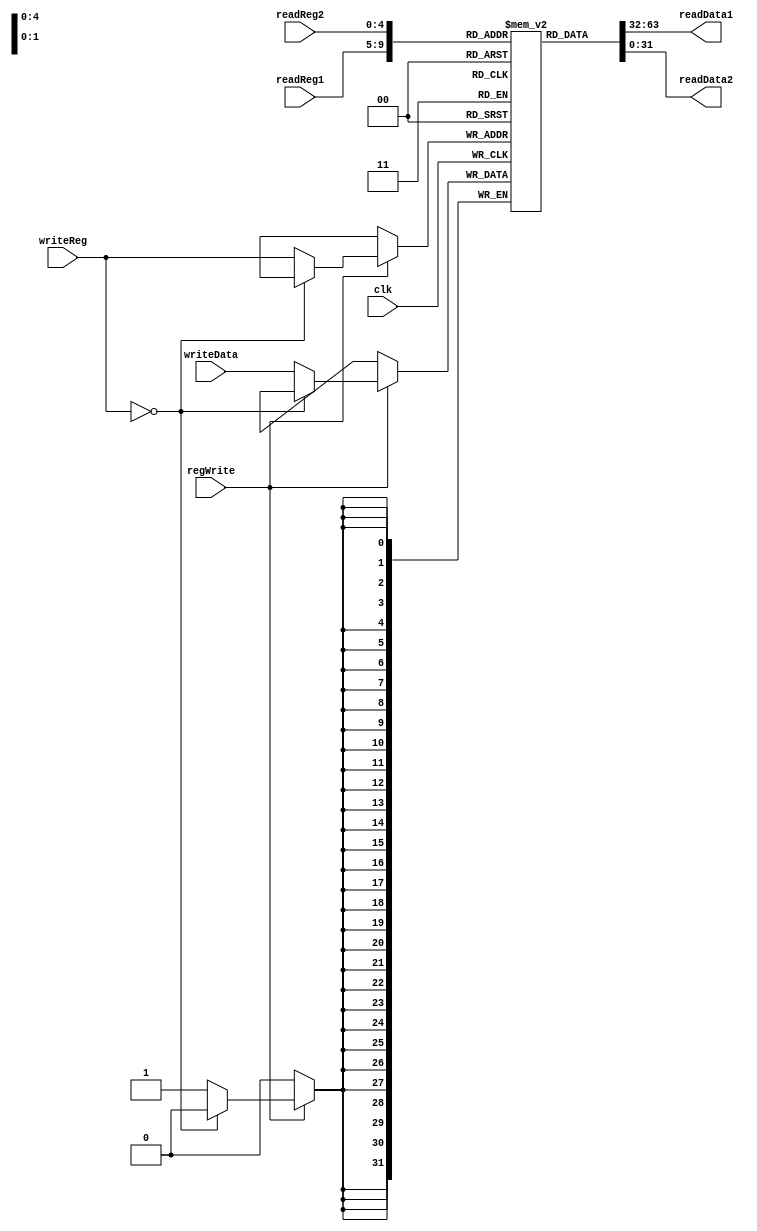
`timescale 1ns / 1ps
//////////////////////////////////////////////////////////////////////////////////
// Company: 
// Engineer: 
// 
// Design Name: 
// Module Name:    RegisterFile 
// Project Name: 
// Target Devices: 
// Tool versions: 
// Description: 
//
// Dependencies: 
//
// Revision: 
// Revision 0.01 - File Created
// Additional Comments: 
//
//////////////////////////////////////////////////////////////////////////////////
module RegisterFile(
	input regWrite, clk,
	
	input [4:0] writeReg,
	input [31:0] writeData,
	
	input [4:0] readReg1,
	output [31:0] readData1,
	
	input [4:0] readReg2,
	output [31:0] readData2
    );
	 
	 reg [31:0] regFile  [31:0];
    integer i;
	 
    initial begin
        for (i = 0; i < 32; i = i +1) 
            regFile[i] = 32'b1;
    end
	 
	 // register[0] must be 0
	 initial regFile[0] = 0; 
	 
	 // read data
	 assign readData1 = regFile[readReg1];
	 assign readData2 = regFile[readReg2];
	 
	 // write data
	 always @(posedge clk) 
    begin
        if (regWrite == 1)
        begin
            if (writeReg == 0)
                $display ("Can NOT change zero register");
				else 	
                regFile[writeReg] = writeData;
			end
	 end
	 

endmodule